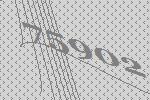
75902